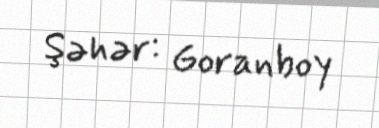
Şəhər: Goranboy